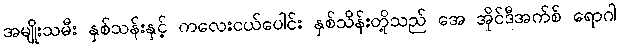
အမျိုးသမီး နှစ်သန်းနှင့် ကလေးငယ်ပေါင်း နှစ်သိန်းတို့သည် အေ အိုင်ဒီအက်စ် ရောဂါ